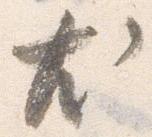
尤